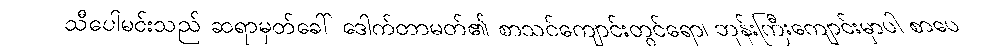
သီပေါမင်းသည် ဆရာမှတ်ခေါ် ဒေါက်တာမတ်၏ စာသင်ကျောင်းတွင်ရော၊ ဘုန်းကြီးကျောင်းမှာပါ စာပေ